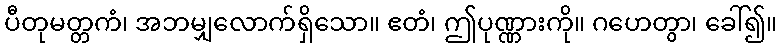
ပီတုမတ္တကံ၊ အဘမျှလောက်ရှိသော။ ဧတံ၊ ဤပုဏ္ဏားကို။ ဂဟေတွာ၊ ခေါ်၍။